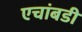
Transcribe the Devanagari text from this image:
एचांबडी